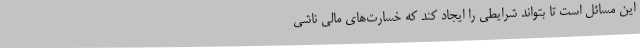
این مسائل است تا بتواند شرایطی را ایجاد کند که خسارت‌های مالی ناشی